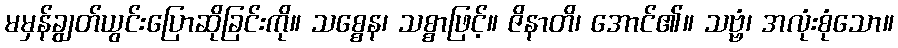
မမှန်ချွတ်ယွင်းပြောဆိုခြင်းကို။ သစ္စေန၊ သစ္စာဖြင့်။ ဇိနာတိ၊ အောင်၏။ သဗ္ဗံ၊ အလုံးစုံသော။